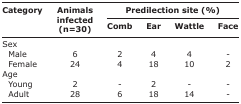
<table><thead><tr><td rowspan="3"><b>Category</b></td><td rowspan="3"><b>Animals infected (n=30)</b></td><td colspan="4"><b>Predilection site (%)</b></td></tr><tr><td><b>Comb</b></td><td><b>Ear</b></td><td><b>Wattle</b></td><td><b>Face</b></td></tr></thead><tbody><tr><td>Sex</td><td></td><td></td><td></td><td></td><td></td></tr><tr><td> Male</td><td>6</td><td>2</td><td>4</td><td>4</td><td>-</td></tr><tr><td> Female</td><td>24</td><td>4</td><td>18</td><td>10</td><td>2</td></tr><tr><td>Age</td><td></td><td></td><td></td><td></td><td></td></tr><tr><td> Young</td><td>2</td><td>-</td><td>2</td><td>-</td><td>-</td></tr><tr><td> Adult</td><td>28</td><td>6</td><td>18</td><td>14</td><td>-</td></tr></tbody></table>